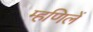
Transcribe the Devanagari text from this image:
म्हणिलें